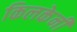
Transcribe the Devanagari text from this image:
किलकेनी